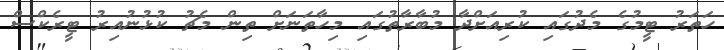
ހަތަރު ޓީމުގެ މެދުގައި ކުރިއަށްދާ މުބާރާތުގައި މިހާތަނަށް ތިން މެޗު ކުޅުނުއިރު ޓީރެކްސް